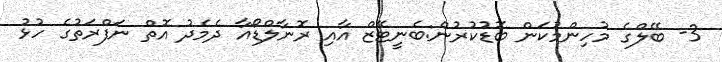
3- ބޭލްގެ މުހިންމުކަން ބޮޑުކުރުން:ބެނީޓޭޒް އާއި ރޮނާލްޑޯއާ ދެމެދު އޮތް ނަފްރަތުގެ ހުޅު